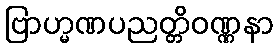
ဗြာဟ္မဏပညတ္တိဝဏ္ဏနာ